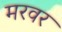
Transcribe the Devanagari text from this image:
मरवर